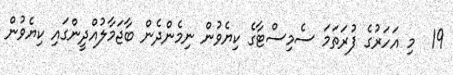
19  މި އަހަރުގެ ފުރަތަމަ ސެމިސްޓާގެ ކިޔެވުން ނިމެންދެން ބާޖަމާލުއްދީންގައި ކިޔެވުން